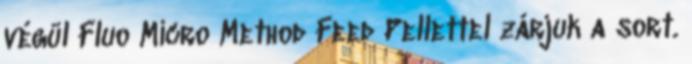
végül Fluo Micro Method Feed Pellettel zárjuk a sort.